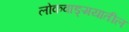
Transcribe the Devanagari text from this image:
लोकवाङ्‍मयातील